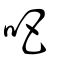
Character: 吧